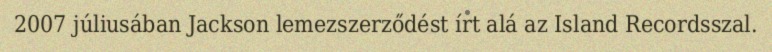
2007 júliusában Jackson lemezszerződést írt alá az Island Recordsszal.